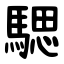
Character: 騦